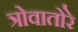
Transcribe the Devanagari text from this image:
त्रोवातोरे